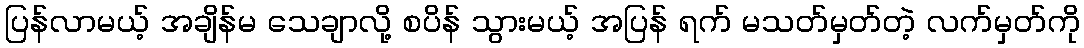
ပြန်လာမယ့် အချိန်မ သေချာလို့ စပိန် သွားမယ့် အပြန် ရက် မသတ်မှတ်တဲ့ လက်မှတ်ကို